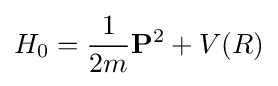
H_{0}={\frac {1}{2m}}\mathbf {P} ^{2}+V(R)